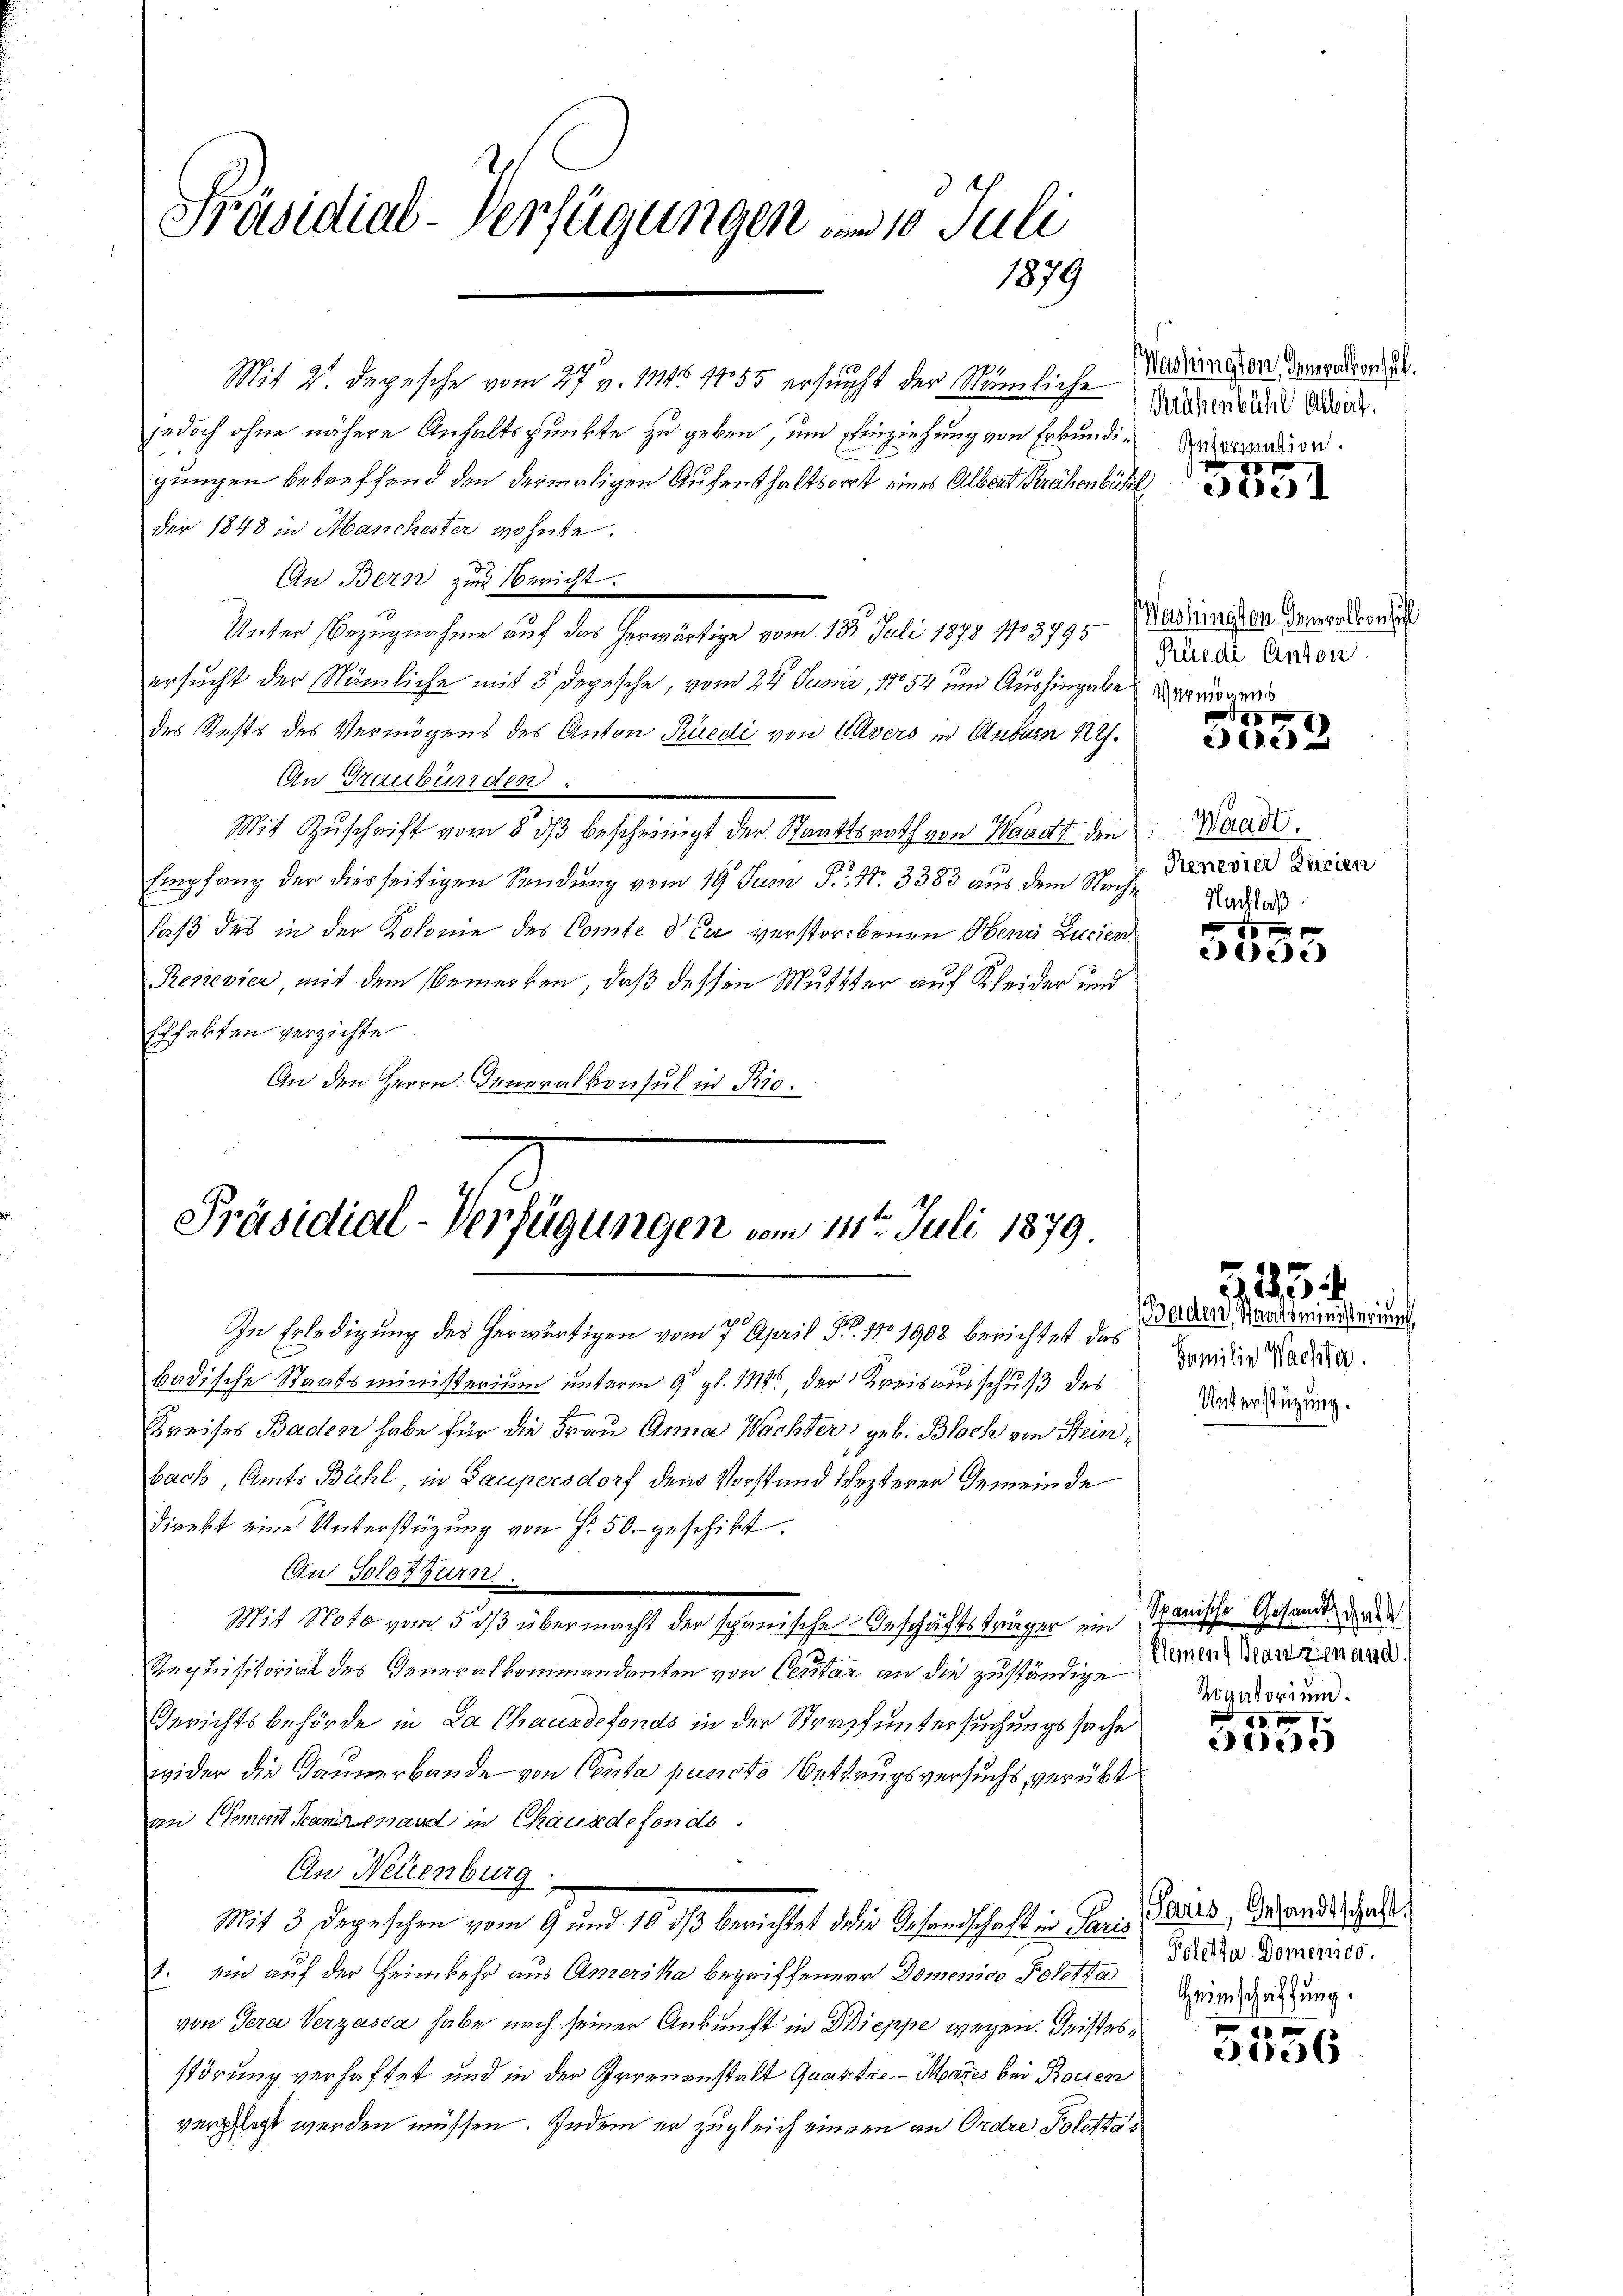
Präsidial-Verfügungen am 10. Juli
1879

gungen betreffend den dermaligen Aufenthaltsort eines Albert Krähenbühl
der 1848 in Manchester wohnte.
An Bern zur Bericht.
Unter Bezugnahme auf das herwärtige vom 13ten Juli 1875 103795. Kardinanzen demandernis
ersucht der Nämliche mit 3 Degesche, vom 24. Junii, 17854 um Aushingabe vermögens
des Rechts des Vermögens des Anton Rüedi von Evers in Anbum 12.
An Graubünden
Mit Zuschrift vom 8. dβ bescheinigt der Staatsrath von Waadt den
Empfang der diesseitigen Sendung vom 19. Jun S., N. 3383 aus dem Weige Treuerer Zureden
f
laß des in der Kolonie des Comte de la verstorbenen Henri Lucien
Resievier, mit dem Bemerken, daß dessen Mutter auf Kleider und
Echfekten verzichte
An den Herrn Generalkonsul in Rio¬

Mit 2. Depesche vom 27. v. 1145 1455 ersucht der Nämliche Radiangen dementende
jedoch ohne nähere Anhaltspunkte zu geben, um Einziehung von Erkundi¬

Präsidial-Verfügungen vom 11ten Juli 1879.

In Erledigung des herwärtigen vom 7. April Fr. 171908 berichtet das
badische Staatsministerium unterm 9. gl. 111, der Kreisausschuß des
Kreises Baden habe für die Frau Anna Wachter, geb. Bloch von Steinbach, Amts Bühl in Laupersdorf dem Vorstand lezterer Gemeinde
direkt eine Unterstützung von Fr. 50. geschikt.
An Solothurn.
Mit Note vom 5 d übermacht der spanische Beschäftsträger ein Schanische Gesandt da
Requisitorial des Generalkommandanten von Centar an die zuständige
Gerichtsbehörde in La Chauxdefonds in der Straffuntersuchungssache
wider die Gaunerbande von Centa puncto Oettrugsversuchs verübt
an Chement Franzenand in Chauxdefonds.
An Neuenburg
Mit 3 degeschen vom 9 und 10. ds berichtet dein Gesandschaft in Pare Saales Gesandtscheid
1. ein auf der Heimkehr aus Amerika begriffenen Domenico Poletta
von Sera Verzasca habe nach seiner Ankunft in Dieppe wegen. Geistesstörung verhaftet und in der Irrenenstalt Quastre - Mares bei Rozien
verpflegt werden müssen. Indem er zugleich einen an Ordre Poletta¬

Krähenbühl Albert.
Anformation.
x

2121

Rüedi Antoni.
x

302

Waadt.
Nachlaß

1
eede

Baden, Staatsministerinn
Familie Nachter.
Unterstützung.

585

Kleinen Ganzenand.
Rogatorium.

19 f 7
e

Poletta Domenico.
Heimschaffung.

5556